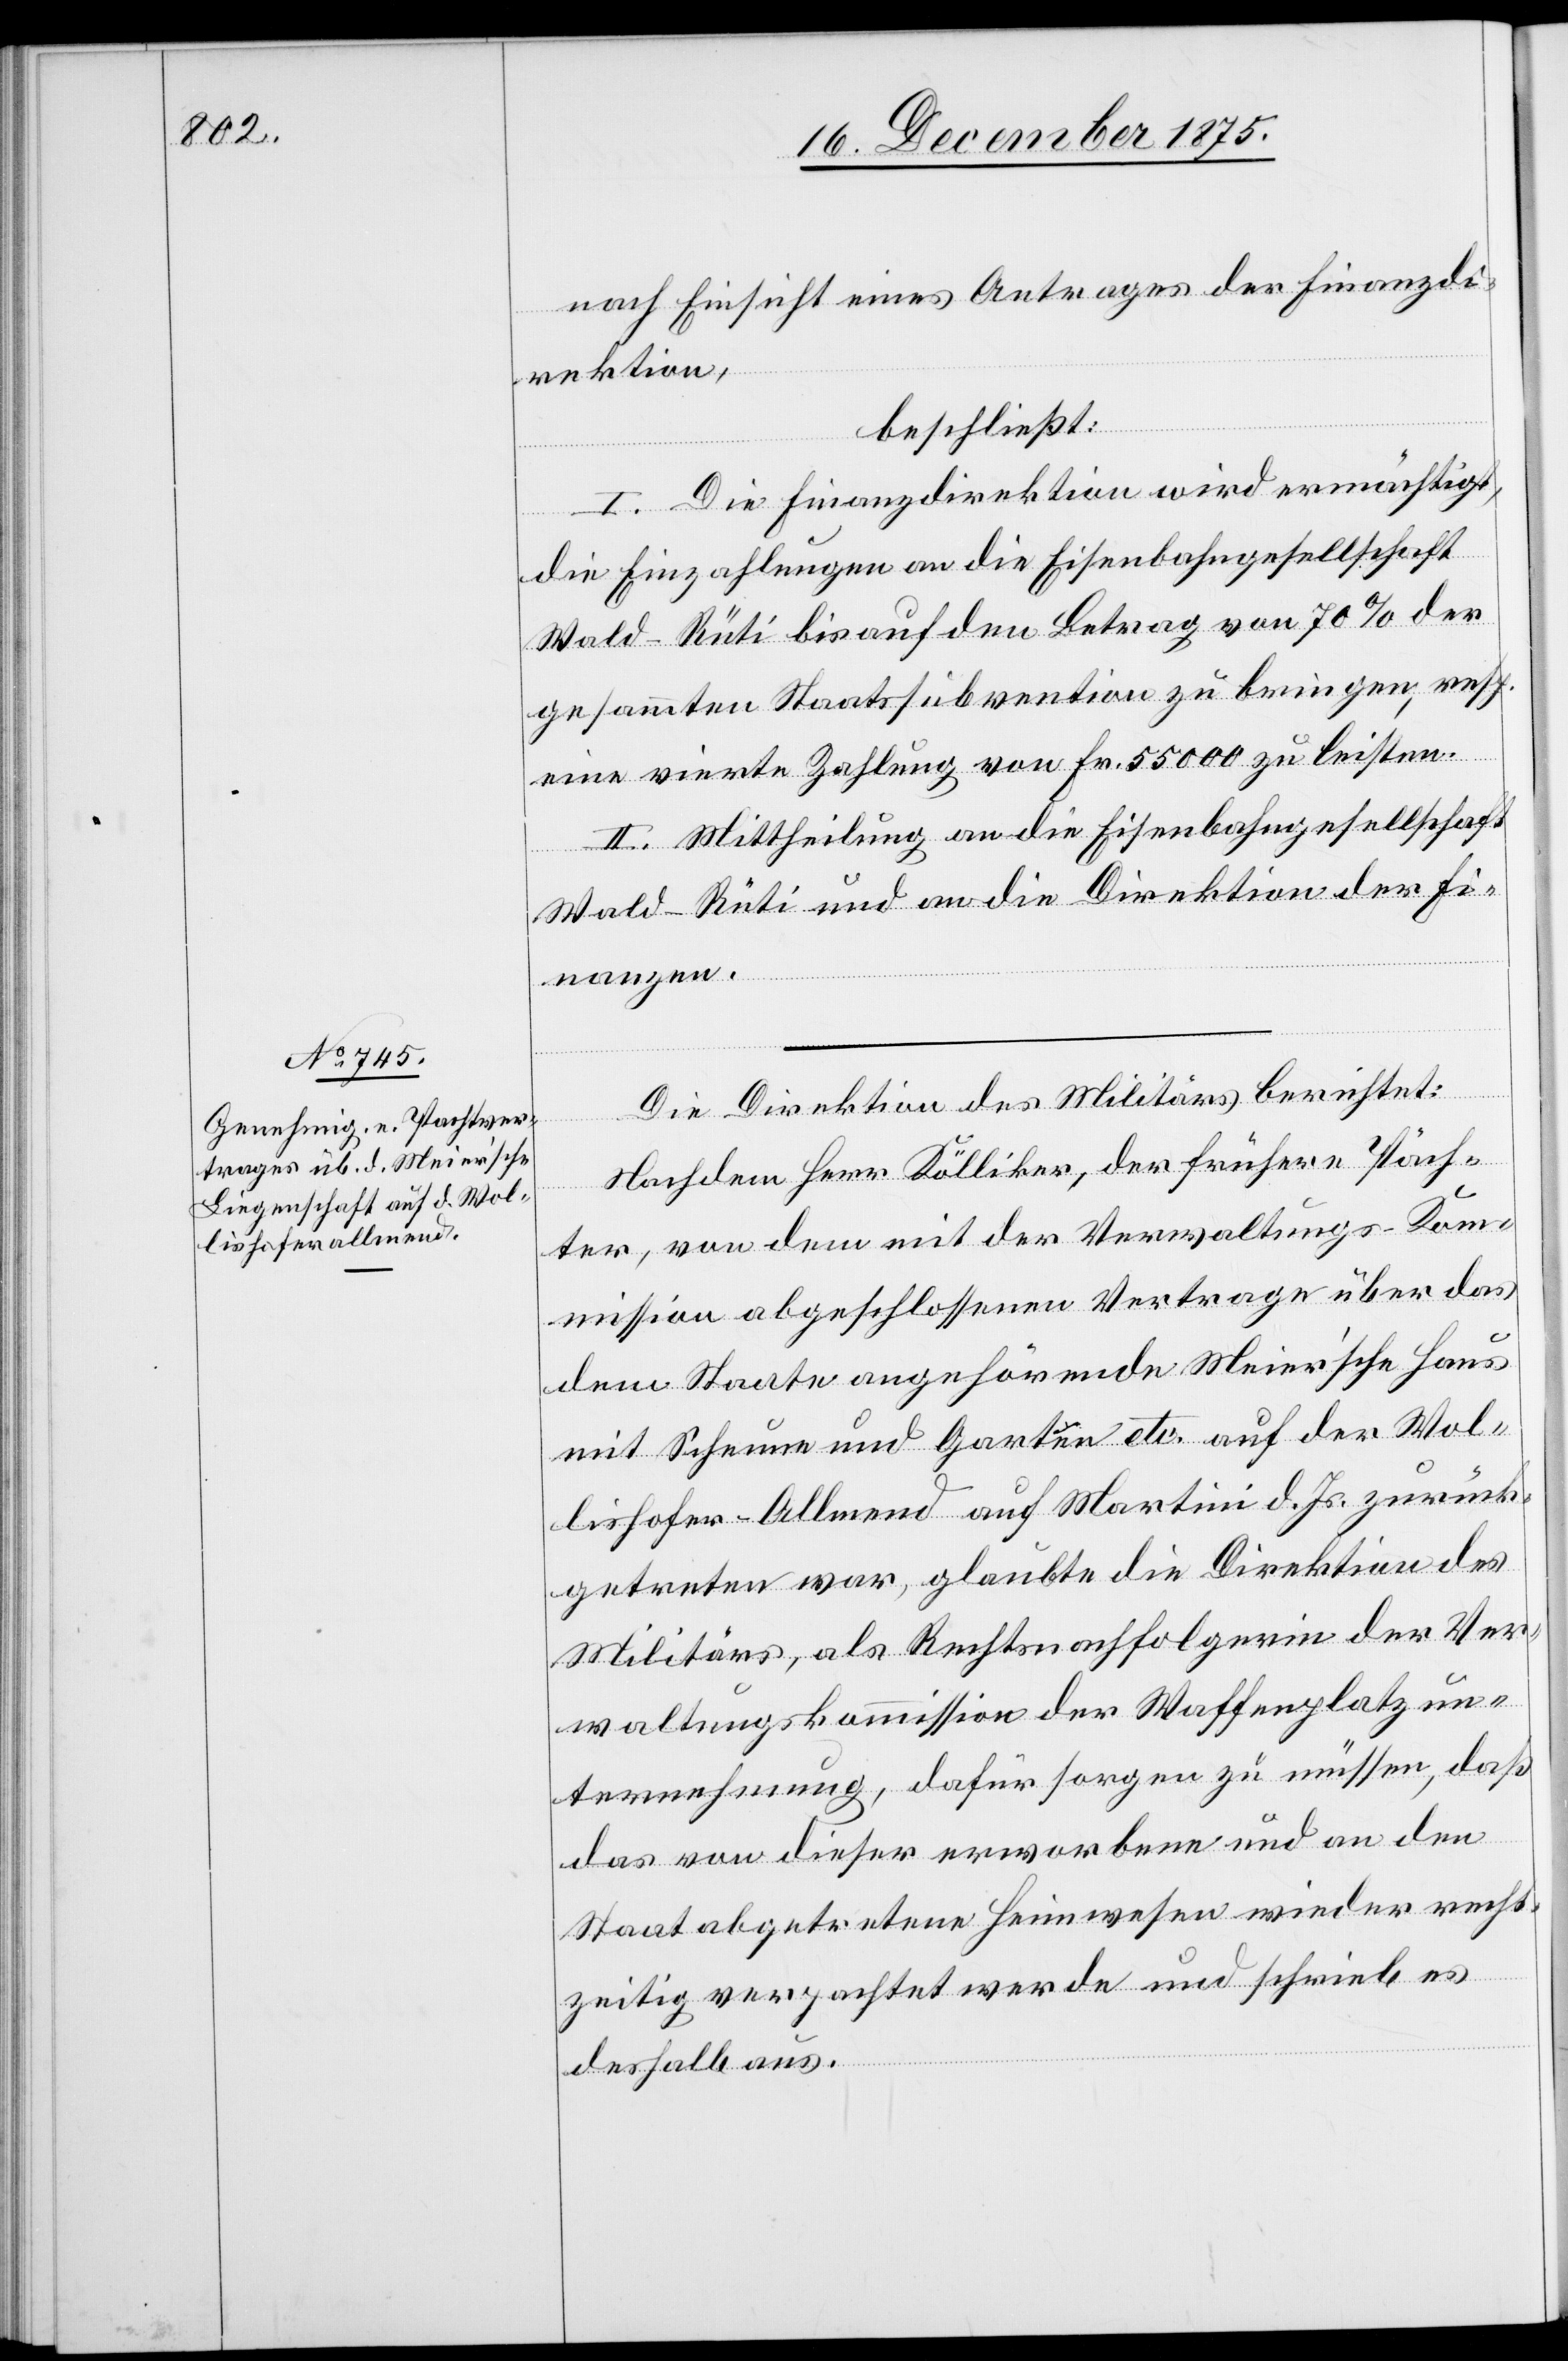
nach Einsicht eines Antrages der Finanzdi¬
rektion,
beschließt:
I. Die Finanzdirektion wird ermächtigt,
die Einzahlungen an die Eisenbahngesellschaft
Wald–Rüti bis auf den Betrag von 70% der
gesammten Staatssubvention zu bringen, resp.
eine vierte Zahlung von Fr. 55,000 zu leisten.
II. Mittheilung an die Eisenbahngesellschaft
Wald–Rüti und an die Direktion der Fi¬
nanzen.
Die Direktion des Militärs berichtet:
Nachdem Herr Kölliker, der frühere Päch¬
ter, von dem mit der Verwaltungs-Kom¬
mission abgeschlossenen Vertrage über das
dem Staate angehörende Meier’sche Haus
mit Scheune und Garten etc. auf der Wol¬
lishofer-Alllmend auf Martini d. Js. zurück¬
getreten war, glaubte die Direktion des
Militärs, als Rechtsnachfolgerin der Ver¬
waltungskommission der Waffenplatzun¬
ternehmung, dafür sorgen zu müssen, daß
das von dieser erworbene und an den
Staat abgetretene Heimwesen wieder recht¬
zeitig verpachtet werde und schrieb es
deshalb aus.